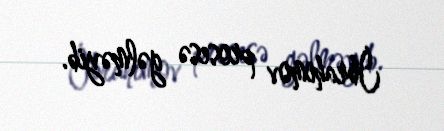
İbrahimov prosesə gəlməyib.